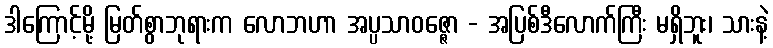
ဒါကြောင့်မို့ မြတ်စွာဘုရားက လောဘဟာ အပ္ပသာဝဇ္ဇော - အပြစ်ဒီလောက်ကြီး မရှိဘူး၊ သားနဲ့